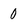
Character: 0